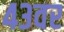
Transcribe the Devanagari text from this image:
४३वर